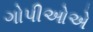
ગોપીઓએ